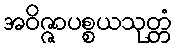
အဝိဇ္ဇာပစ္စယသုတ္တံ